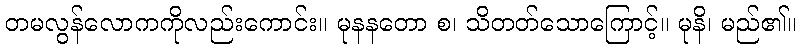
တမလွန်လောကကိုလည်းကောင်း။ မုနနတော စ၊ သိတတ်သောကြောင့်။ မုနိ၊ မည်၏။